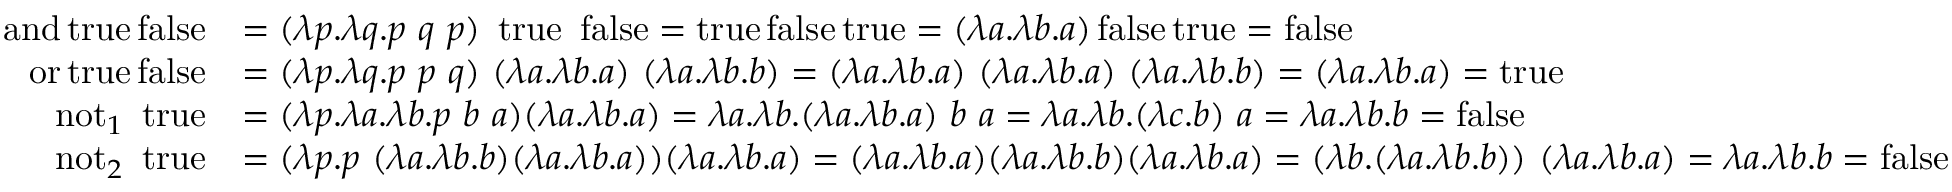
{ \begin{array} { r l } { \operatorname { a n d } \operatorname { t r u e } \operatorname { f a l s e } } & { = ( \lambda p . \lambda q . p \ q \ p ) \ \operatorname { t r u e } \ \operatorname { f a l s e } = \operatorname { t r u e } \operatorname { f a l s e } \operatorname { t r u e } = ( \lambda a . \lambda b . a ) \operatorname { f a l s e } \operatorname { t r u e } = \operatorname { f a l s e } } \\ { \operatorname { o r } \operatorname { t r u e } \operatorname { f a l s e } } & { = ( \lambda p . \lambda q . p \ p \ q ) \ ( \lambda a . \lambda b . a ) \ ( \lambda a . \lambda b . b ) = ( \lambda a . \lambda b . a ) \ ( \lambda a . \lambda b . a ) \ ( \lambda a . \lambda b . b ) = ( \lambda a . \lambda b . a ) = \operatorname { t r u e } } \\ { \operatorname { n o t } _ { 1 } \ \operatorname { t r u e } } & { = ( \lambda p . \lambda a . \lambda b . p \ b \ a ) ( \lambda a . \lambda b . a ) = \lambda a . \lambda b . ( \lambda a . \lambda b . a ) \ b \ a = \lambda a . \lambda b . ( \lambda c . b ) \ a = \lambda a . \lambda b . b = \operatorname { f a l s e } } \\ { \operatorname { n o t } _ { 2 } \ \operatorname { t r u e } } & { = ( \lambda p . p \ ( \lambda a . \lambda b . b ) ( \lambda a . \lambda b . a ) ) ( \lambda a . \lambda b . a ) = ( \lambda a . \lambda b . a ) ( \lambda a . \lambda b . b ) ( \lambda a . \lambda b . a ) = ( \lambda b . ( \lambda a . \lambda b . b ) ) \ ( \lambda a . \lambda b . a ) = \lambda a . \lambda b . b = \operatorname { f a l s e } } \end{array} }